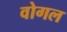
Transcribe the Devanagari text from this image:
वोगल